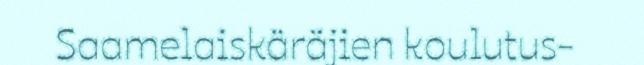
Saamelaiskäräjien koulutus-